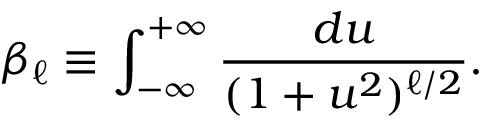
\beta _ { \ell } \equiv \int _ { - \infty } ^ { + \infty } \frac { d u } { ( 1 + u ^ { 2 } ) ^ { \ell / 2 } } .